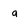
Character: g